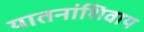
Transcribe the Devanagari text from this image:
यातनांशिवाय